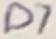
Text: D7